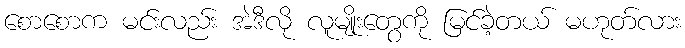
စောစောက မင်းလည်း အဲဒီလို လူမျိုးတွေကို မြင်ခဲ့တယ် မဟုတ်လား